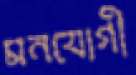
মনযোগী